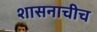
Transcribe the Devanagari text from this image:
शासनाचीच